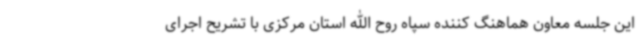
این جلسه معاون هماهنگ کننده سپاه روح الله استان مرکزی با تشریح اجرای